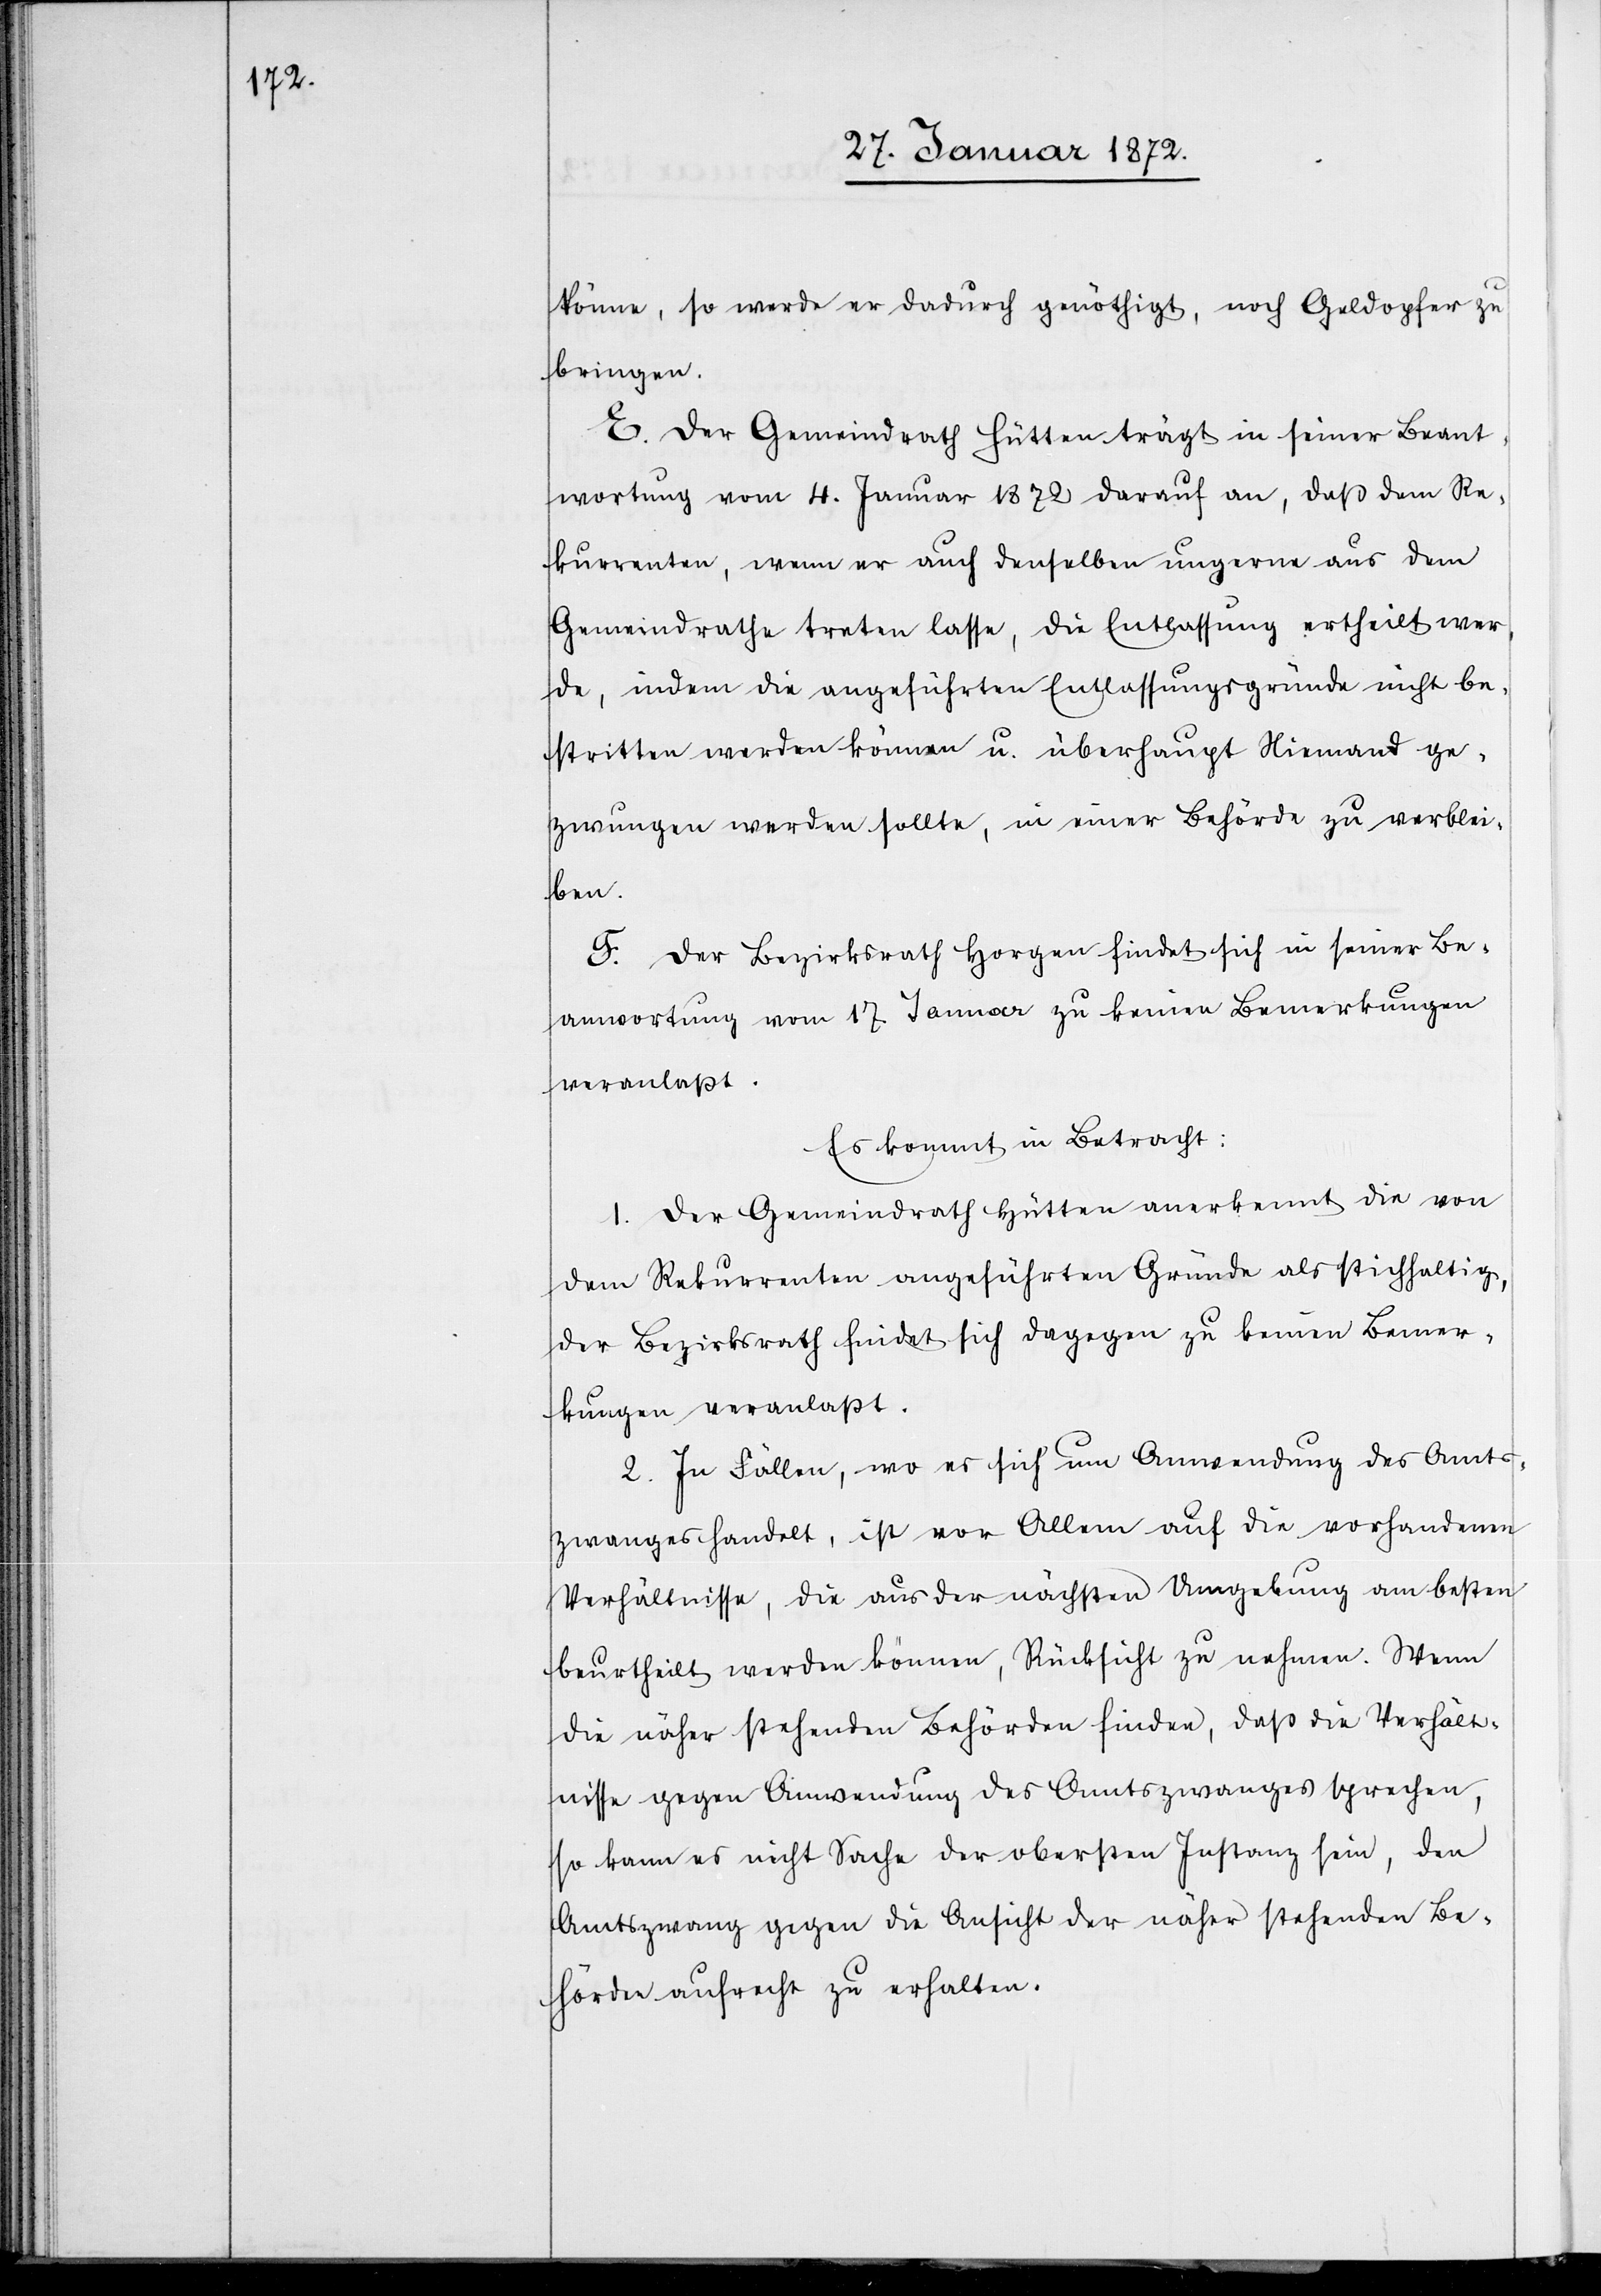
könne, so werde er dadurch genöthigt, noch Geldopfer zu
bringen.
E. Der Gemeindrath Hütten trägt in seiner Beant¬
wortung vom 4. Januar 1872 darauf an, daß dem Re¬
kurrenten, wenn er auch denselben ungerne aus dem
Gemeindrathe treten lasse, die Entlassung ertheilt wer¬
de, indem die angeführten Entlassungsgründe nicht be¬
stritten werden können u. überhaupt Niemand ge¬
zwungen werden sollte, in einer Behörde zu verblei¬
ben.
F. Der Bezirksrath Horgen findet sich in seiner Be¬
antwortung vom 17 Jannar [sic!] zu keinen Bemerkungen
veranlaßt.
Es kommt in Betracht:
1. Der Gemeindrath Hütten anerkennt die von
dem Rekurrenten angeführten Gründe als stichhaltig,
der Bezirksrath findet sich dagegen zu keinen Bemer¬
kungen veranlaßt.
2. In Fällen, wo es sich um Anwendung des Amts¬
zwanges handelt, ist vor Allem auf die vorhandenen
Verhältnisse, die aus der nächsten Umgebung am besten
beurtheilt werden können, Rücksicht zu nehmen. Wenn
die näher stehenden Behörden finden, daß die Verhält¬
nisse gegen Anwendung des Amtszwanges sprechen,
so kann es nicht Sache der obersten Instanz sein, den
Amtszwang gegen die Ansicht der näher stehenden Be¬
hörde aufrecht zu erhalten.